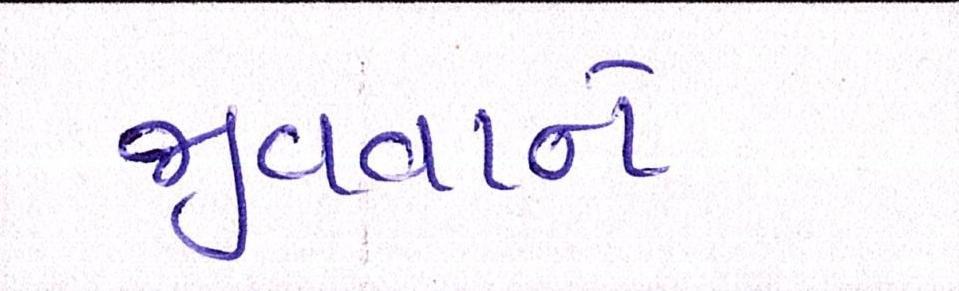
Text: જીવવાનો